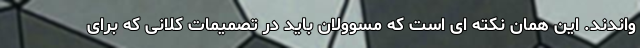
واندند. این همان نکته ای است که مسوولان باید در تصمیمات کلانی که برای